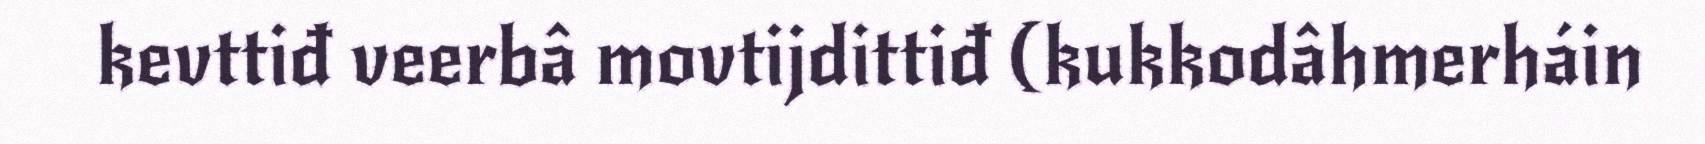
kevttiđ veerbâ movtijdittiđ (kukkodâhmerháin